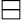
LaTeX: \boxminus